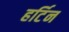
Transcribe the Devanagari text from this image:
हर्टिन